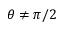
\theta \neq \pi / 2